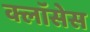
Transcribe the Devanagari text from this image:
क्लाॅसेस